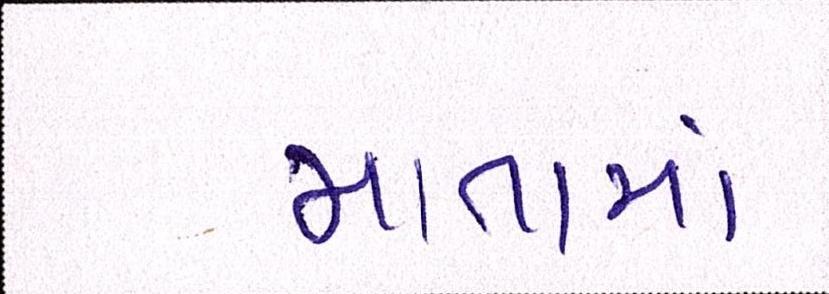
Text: માતામાં